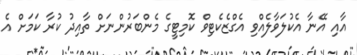
އާއި އޭނާ އެކުލަވާލެއްވި އެގްޒެކެޓިވް ކޮމިޓީގެ މެންބަރުންނަށް ތާއިދު ކުރާ ކަމަށް އެ